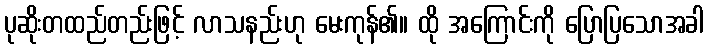
ပုဆိုးတထည်တည်းဖြင့် လာသနည်းဟု မေးကုန်၏။ ထို အကြောင်းကို ပြောပြသောအခါ